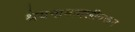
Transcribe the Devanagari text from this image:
श्रेयनामावलीवरून